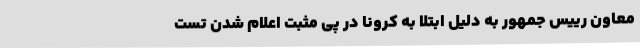
معاون رییس جمهور به دلیل ابتلا به کرونا در پی مثبت اعلام شدن تست